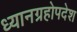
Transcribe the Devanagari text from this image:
ध्यानग्रहोपदेश